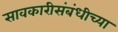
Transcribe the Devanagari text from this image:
सावकारीसंबंधीच्या